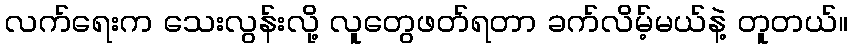
လက်ရေးက သေးလွန်းလို့ လူတွေဖတ်ရတာ ခက်လိမ့်မယ်နဲ့ တူတယ်။